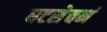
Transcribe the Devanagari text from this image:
घटसेचनं